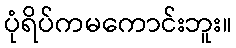
ပုံရိပ်ကမကောင်းဘူး။